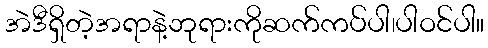
အဲဒီရှိတဲ့အရာနဲ့ဘုရားကိုဆက်ကပ်ပါ၊ပါဝင်ပါ။